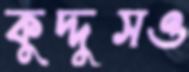
কুদ্দুসও